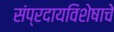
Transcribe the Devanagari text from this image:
संप्रदायविशेषाचे